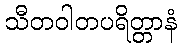
သီတဝါတပရိတ္တာနံ